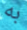
به